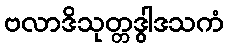
ဗလာဒိသုတ္တဒွါဒသကံ